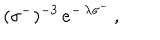
\: ( \sigma ^ { - } ) ^ { - 3 } \, e ^ { - \, \lambda \sigma ^ { - } } \, , \: